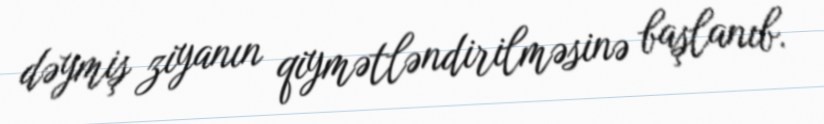
dəymiş ziyanın qiymətləndirilməsinə başlanıb.